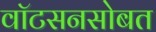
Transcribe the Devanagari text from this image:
वाॅटसनसोबत